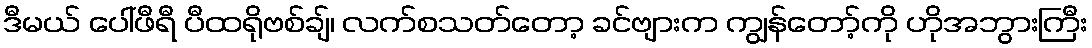
ဒီမယ် ပေါ်ဖီရီ ပီထရိုဗစ်ချ်၊ လက်စသတ်တော့ ခင်ဗျားက ကျွန်တော့်ကို ဟိုအဘွားကြီး